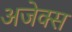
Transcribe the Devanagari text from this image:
अजेक्स